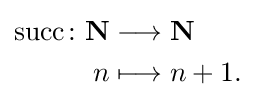
{\begin{aligned}\operatorname {succ} \colon \mathbf {N} &\longrightarrow \mathbf {N} \\n&\longmapsto n+1.\end{aligned}}